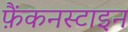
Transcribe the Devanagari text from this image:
फ़ैंकनस्टाइन